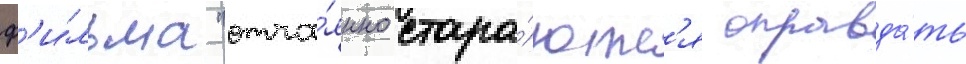
ф'и́льма "отча́янно стара́ютс'я оправда́ть